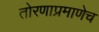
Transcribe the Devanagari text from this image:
तोरणाप्रमाणेच